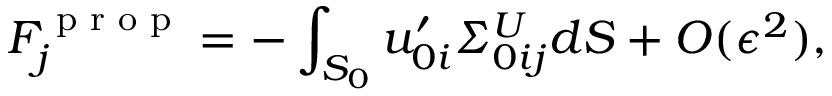
F _ { j } ^ { \textrm { p r o p } } = - \int _ { S _ { 0 } } u _ { 0 i } ^ { \prime } \itSigma _ { 0 i j } ^ { U } d S + O ( \epsilon ^ { 2 } ) ,